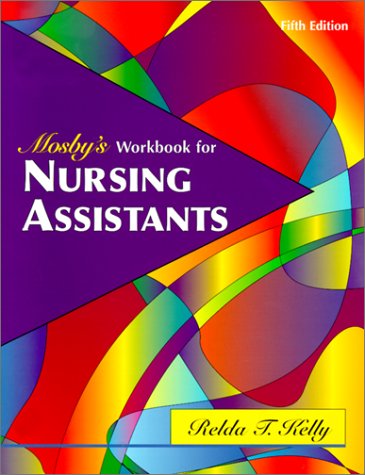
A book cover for Mosby's Workbook for Nursing Assistants (5th Edition); Relda Timmeny Kelly; Medical Books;